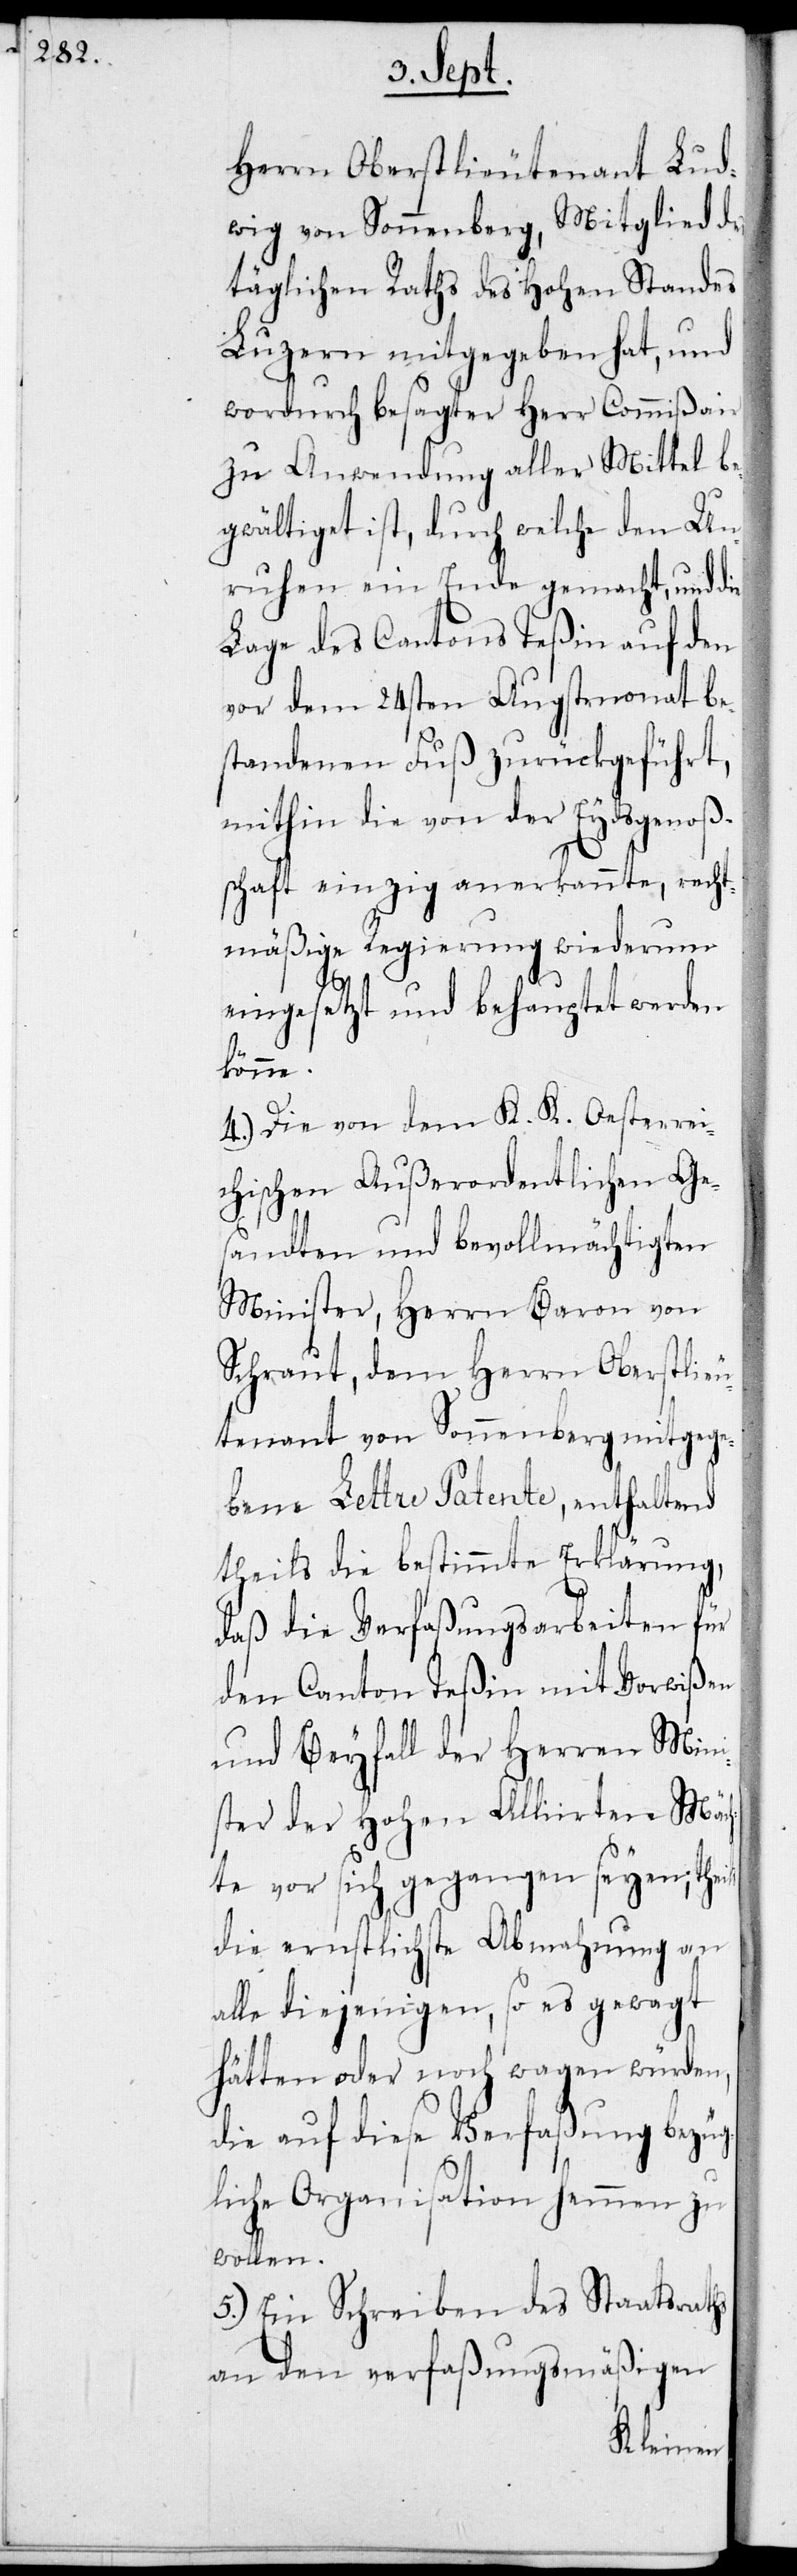
Herrn Oberstlieutenant Lud¬
wig von Sonnenberg, Mitglied des
täglichen Raths des Hohen Standes
Luzern mitgegeben hat, und
wordurch besagter Herr Commißair
zu Anwendung aller Mittel be¬
gwältiget ist, durch welche den Un¬
ruhen ein Ende gemacht, und die
Lage des Cantons Teßin auf den
vor dem 24sten Augstmonat be¬
stehenden Fuß zurückgeführt,
mithin die von der Eydsgenoß¬
schaft einzig anerkannte, recht¬
mäßige Regierung wiederum
eingesetzt und behauptet werden
könne.
4.) Die von dem K. K. Oesterrei¬
chischen Außerordentlichen Ge¬
sandten und bevollmächtigten
Minister, Herr Baron von
Schraut, dem Herrn Oberstlieu¬
tenant von Sonnenberg mitgege¬
bene Lettre Patente, enthaltend
theils die bestimmte Erklärung,
daß die Verfaßungsarbeiten für
den Canton Teßin mit Vorwißen
und Beyfall der Herren Mini¬
ster der Hohen Alliirten Mäc¬
hte vor sich gegangen seyen, theils
die ernstlichste Abmahnung an
alle diejenigen, so es gewagt
hätten oder noch wagen würden,
die auf diese Verfaßung bezüg¬
liche Organisation hemmen zu
wollen.
5.) Ein Schreiben des Staatsraths
an den verfaßungsmäßigen